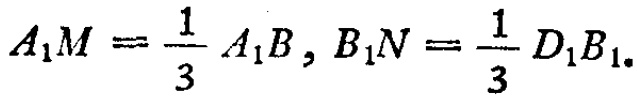
\(A_{1}M = \frac{1}{3} A_{1}B , B_{1}N = \frac{1}{3} D_{1}B_{1}.\)